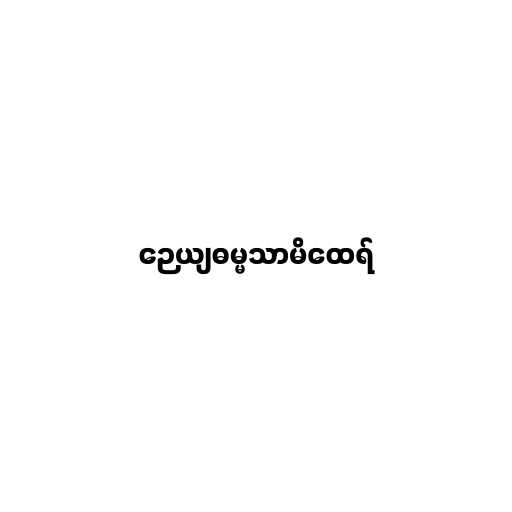
ဉေယျဓမ္မသာမိထေရ်